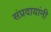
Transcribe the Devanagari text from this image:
संप्रदायांनी